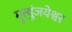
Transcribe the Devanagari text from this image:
मॄत्युंजयेश्वर